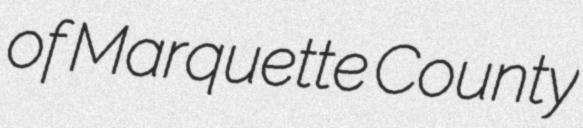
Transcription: of Marquette County